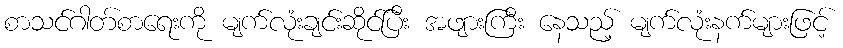
စာသင်ဂါတ်စာရေးကို မျက်လုံးချင်းဆိုင်ပြီး အဖျားကြီး နေသည့် မျက်လုံးနက်များဖြင့်